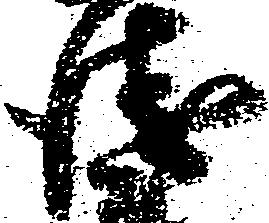
衛